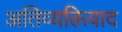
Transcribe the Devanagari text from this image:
अतिव्यक्तिवाद